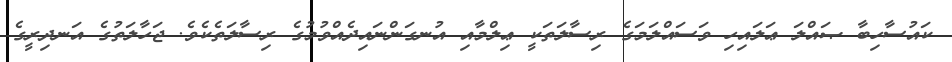
ކައުސާހިބާ ޞައްލަ ޢަލައިހި ވަސައްލަމަގެ ރިސާލަތަކީ ޢިލްމާއި އުނގަންނައިދެއްވުމުގެ ރިސާލަތެކެވެ. ޖަހާލަތުގެ އަނދިރީގެ